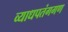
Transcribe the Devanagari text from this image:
व्याधपतंगगण